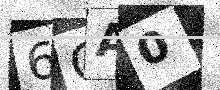
Text: 6GA0